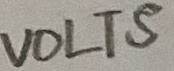
Text: VOLTS